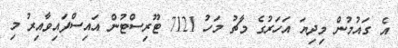
އެ ގައުމުން މިދިޔަ އަހަރުގެ މާޗު މަހު 7121 ޓޫރިސްޓުން އައިސްފައިވާއިރު މި